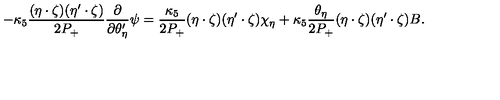
- \kappa _ { 5 } \frac { ( \eta \cdot \zeta ) ( \eta ^ { \prime } \cdot \zeta ) } { 2 P _ { + } } \frac { \partial } { \partial \theta _ { \eta } ^ { \prime } } \psi = \frac { \kappa _ { 5 } } { 2 P _ { + } } ( \eta \cdot \zeta ) ( \eta ^ { \prime } \cdot \zeta ) \chi _ { \eta } + \kappa _ { 5 } \frac { \theta _ { \eta } } { 2 P _ { + } } ( \eta \cdot \zeta ) ( \eta ^ { \prime } \cdot \zeta ) B .